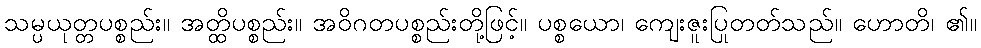
သမ္ပယုတ္တပစ္စည်း။ အတ္ထိပစ္စည်း။ အဝိဂတပစ္စည်းတို့ဖြင့်။ ပစ္စယော၊ ကျေးဇူးပြုတတ်သည်။ ဟောတိ၊ ၏။